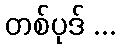
တစ်ပုဒ် ...